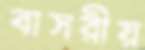
বাসরীয়